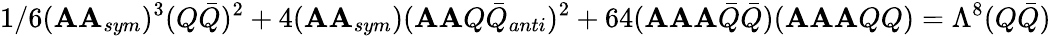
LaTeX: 1/6(\mathbf{A}\mathbf{A}_{sym})^{3}(Q{\bar{{Q}}})^{2}+4(\mathbf{A}\mathbf{A}_{sym})(\mathbf{A}\mathbf{A}Q{\bar{{Q}}}_{anti})^{2}+64(\mathbf{A}\mathbf{A}\mathbf{A}{\bar{{Q}}}{\bar{{Q}}})(\mathbf{A}\mathbf{A}\mathbf{A}QQ)=\Lambda^{8}(Q{\bar{{Q}}})